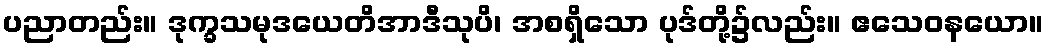
ပညာတည်း။ ဒုက္ခသမုဒယေတိအာဒီသုပိ၊ အစရှိသော ပုဒ်တို့၌လည်း။ ဧသေဝနယော။